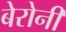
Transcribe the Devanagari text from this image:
बेरोनी